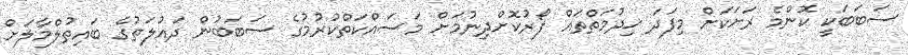
ސަބަބަކީ ކޮންމެ ރަށަކަށް މިފަދަ ޚިދުމަތްތައް ފޯރުކޮށްދިނުމަށް މަސައްކަތްކުރުމުގެ ސަބަބުން ދައުލަތުގެ ބައިތުލްމާލަށް